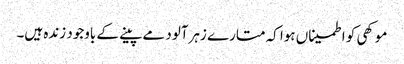
موکھی کو اطمیناں ہوا کہ متارے زہرآلود مے پینے کے باوجود زندہ ہیں۔